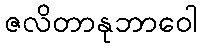
ဇလိတာနုဘာဝေါ